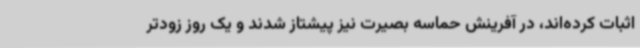
اثبات کرده‌اند، در آفرینش حماسه بصیرت نیز پیشتاز شدند و یک روز زودتر